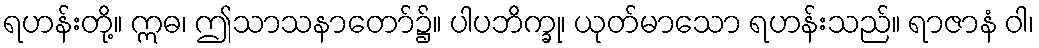
ရဟန်းတို့။ ဣဓ၊ ဤသာသနာတော်၌။ ပါပဘိက္ခု၊ ယုတ်မာသော ရဟန်းသည်။ ရာဇာနံ ဝါ၊